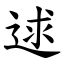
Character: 逑